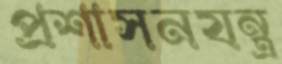
প্রশাসনযন্ত্র